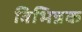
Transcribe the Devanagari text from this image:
विभिन्नक